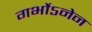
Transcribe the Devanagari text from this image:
गर्भोऽनेन